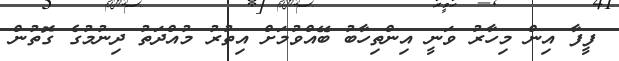
ފީފާ އިން މިހާރު ވަނީ އިންތިހާބު ބޭއްވުމަށް އިތުރު މުއްދަތު ދިނުމުގެ ގޮތުން